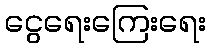
ငွေရေးကြေးရေး